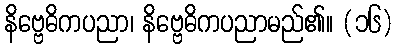
နိဗ္ဗေဓိကပညာ၊ နိဗ္ဗေဓိကပညာမည်၏။ (၁၆)